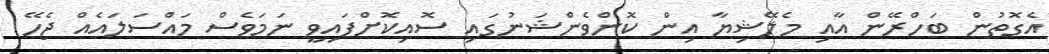
އެގޮތުން ބަހްރޭން އާއި މެލޭޝިޔާ އިން ކޮންވެންޝަނުގައި ސޮއިކޮށްފައިވީ ނަމަވެސް މައްސަލައެއް ޖެހޭ